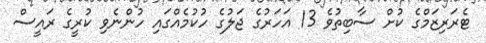
ޓެރަރިޒަމްގެ ކުށް ސާބިތުވެ 13 އަހަރުގެ ޖަލުގެ ހުކުމެއްގައި ހުންނެވި ކުރީގެ ރައީސް